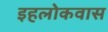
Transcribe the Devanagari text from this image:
इहलोकवास